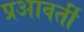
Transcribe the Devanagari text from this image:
प्रआवर्ती